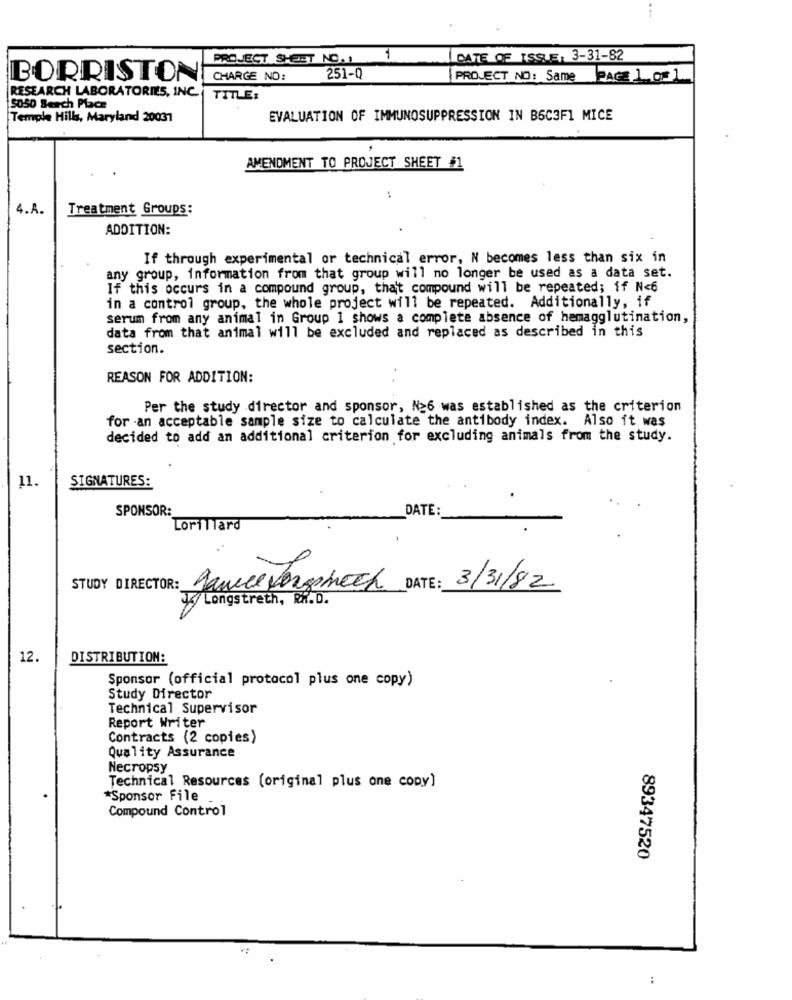
PROJECT SHEET NO.
IDATE OF ISSUE, 3-31-82
BORRISTON
CHARGE NO:
251-Q
PROJECT NO: Same
PAGE 1 OF 1
RESEARCH LABORATORIES, INC.
TITLE:
5050 Berch Place
Temple Hills, Maryland 20031
EVALUATION OF IMMUNOSUPPRESSION IN B6C3F1 MICE
AMENDMENT TO PROJECT SHEET #1
4.A.
Treatment Groups:
ADDITION:
If through experimental or technical error, N becomes less than six in
any group, information from that group will no longer be used as a data set.
If this occurs in a compound group, that compound will be repeated; if N<6
in a control group, the whole project will be repeated. Additionally, if
serum from any animal in Group 1 shows a complete absence of hemagglutination,
data from that animal will be excluded and replaced as described in this
section.
REASON FOR ADDITION:
Per the study director and sponsor, N26 was established as the criterion
for an acceptable sample size to calculate the antibody index. Also it was
decided to add an additional criterion for excluding animals from the study.
11.
SIGNATURES:
SPONSOR:
DATE:
Lorillard
STUDY DIRECTOR: Dance Vongenech DATE : 3/31/82
33/ Longstreth, RX.D.
12.
DISTRIBUTION:
Sponsor (official protocol plus one copy)
Study Director
Technical Supervisor
Report Writer
Contracts (2 copies)
Quality Assurance
Necropsy
Technical Resources (original plus one copy)
*Sponsor File
Compound Control
89347520
: